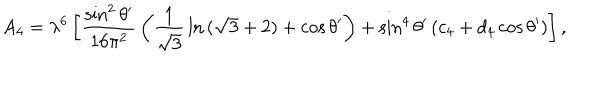
A _ { 4 } = \lambda ^ { 6 } \left[ { \frac { \sin ^ { 2 } \theta ^ { \prime } } { 1 6 \pi ^ { 2 } } } \left( { \frac { 1 } { \sqrt { 3 } } } \ln { ( \sqrt { 3 } + 2 ) } + \cos \theta ^ { \prime } \right) + \sin ^ { 4 } \theta ^ { \prime } \left( c _ { 4 } + d _ { 4 } \cos \theta ^ { \prime } \right) \right] ,